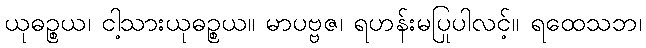
ယုဓဉ္စယ၊ ငါ့သားယုဓဉ္စယ။ မာပဗ္ဗဇ၊ ရဟန်းမပြုပါလင့်။ ရထေသဘ၊